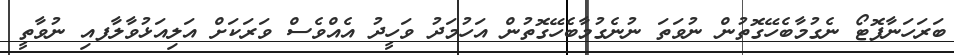
ބަރަހަނާފޮޓޯ ނެގުމާބެހޭގޮތުން ނުވަތަ ނުނެގުމާބެހޭގޮތުން އަހުމަދު ވަހީދު އެއްވެސް ވަރަކަށް އަލިއަޅުވާލާފއި ނުވާތީ